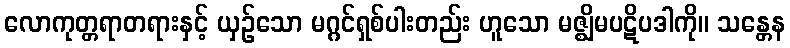
လောကုတ္တရာတရားနှင့် ယှဉ်သော မဂ္ဂင်ရှစ်ပါးတည်း ဟူသော မဇ္ဈိမပဋိပဒါကို။ သန္တေန